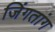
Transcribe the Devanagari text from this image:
जिंगतांग